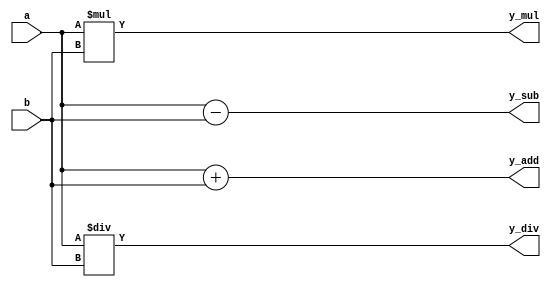
module arith8(
    input [15:0]a,b,
    output [15:0]y_add,y_sub,y_mul,y_div
    );
    
    assign y_add = a+b;
    assign y_sub = a-b;
    assign y_mul = a*b;
    assign y_div = a/b;
    
endmodule